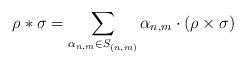
LaTeX: \begin{align*} \rho\ast \sigma=\sum_{\alpha_{n,m}\in S_{(n,m)}}\alpha_{n,m}\cdot\left(\rho\times\sigma\right) \end{align*}